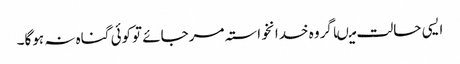
ایسی حالت میںاگروہ خدانخواستہ مرجائے توکوئی گناہ نہ ہوگا۔